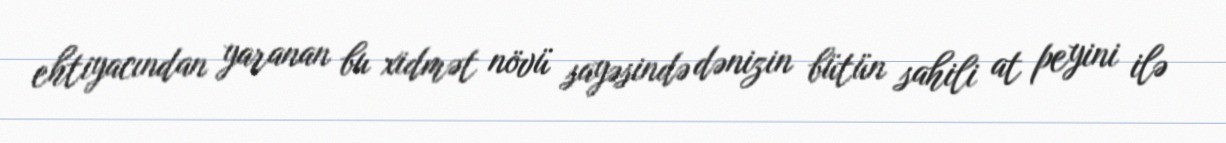
ehtiyacından yaranan bu xidmət növü sayəsində dənizin bütün sahili at peyini ilə